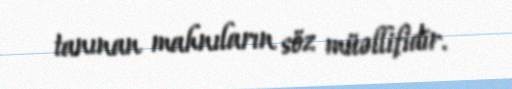
tanınan mahnıların söz müəllifidir.